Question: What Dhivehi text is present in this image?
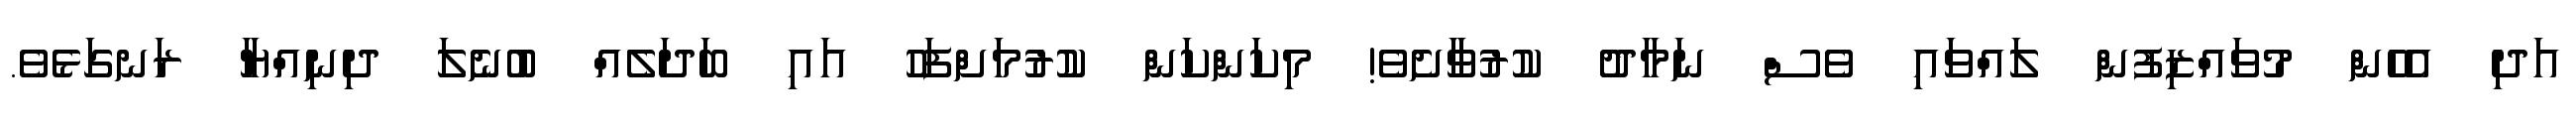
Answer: އަދި އެހެން މުވައްޒިފުން ލައްވައި ވެސް ނަމާދު ކުރުވާށެވެ! މިކަންކަން ކުރުމަށްފަހު އައި ބަދަލެއް ބުނެލަ ދިނިއްޔާ ރަނގަޅެވެ.